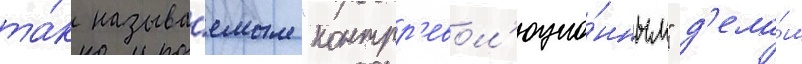
та́к называ́емым "контрр'евол'юцио́нным" д'ела́м